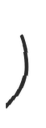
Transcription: Кристал)